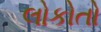
લોકોતો